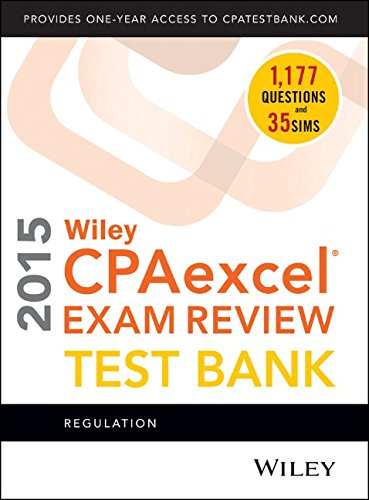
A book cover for Wiley CPAexcel Exam Review 2015 Test Bank: Regulation; O. Ray Whittington; Test Preparation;